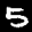
Label: 5